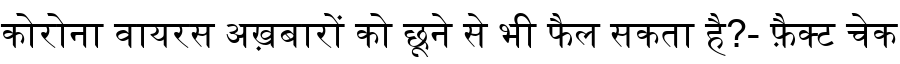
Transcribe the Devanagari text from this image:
कोरोना वायरस अख़बारों को छूने से भी फैल सकता है?- फ़ैक्ट चेक